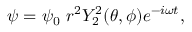
\psi = \psi _ { 0 } ~ r ^ { 2 } Y _ { 2 } ^ { 2 } ( \theta , \phi ) e ^ { - i \omega t } ,